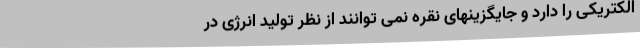
الکتریکی را دارد و جایگزینهای نقره نمی توانند از نظر تولید انرژی در